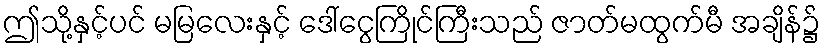
ဤသို့နှင့်ပင် မမြလေးနှင့် ဒေါ်ငွေကြိုင်ကြီးသည် ဇာတ်မထွက်မီ အချိန်၌